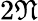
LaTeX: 2\mathfrak{N}